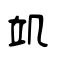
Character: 竌